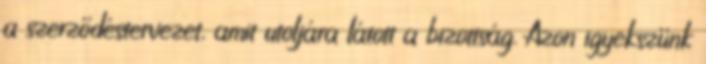
a szerződéstervezet, amit utoljára látott a bizottság. Azon igyekszünk